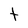
Character: t